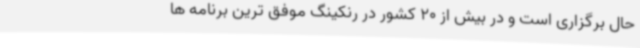
حال برگزاری است و در بیش از 20 کشور در رنکینگ موفق ترین برنامه ها